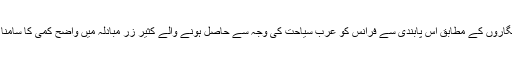
عرب تجزیہ نگاروں کے مطابق اس پابندی سے فرانس کو عرب سیاحت کی وجہ سے حاصل ہونے والے کثیر زر مبادلہ میں واضح کمی کا سامنا کرنا پڑے گا۔